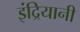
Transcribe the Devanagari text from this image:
इंद्रियानी